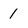
Character: 1